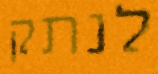
לנתק